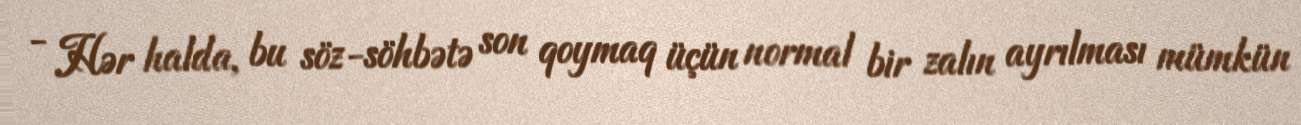
- Hər halda, bu söz-söhbətə son qoymaq üçün normal bir zalın ayrılması mümkün